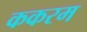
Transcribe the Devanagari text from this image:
ककरम